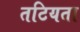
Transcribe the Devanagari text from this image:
तटियता